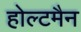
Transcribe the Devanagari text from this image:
होल्टमैन